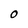
Character: O